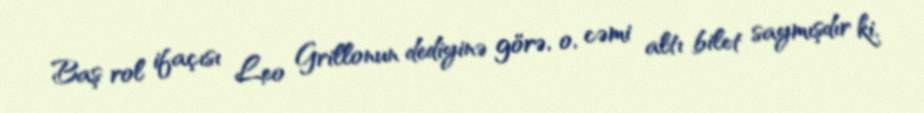
Baş rol ifaçısı Leo Grillonun dediyinə görə, o, cəmi altı bilet saymışdır ki,